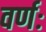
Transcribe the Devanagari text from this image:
वर्णः